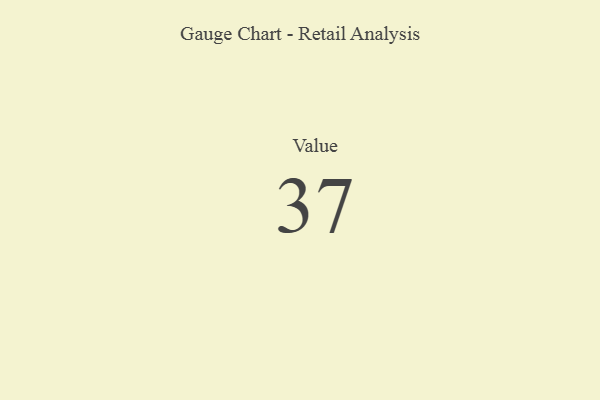
{"axis": {"x": "Metric", "y": "Value"}, "legend": [""], "data": [{"x": "Value", "y": 37, "type": ""}]}